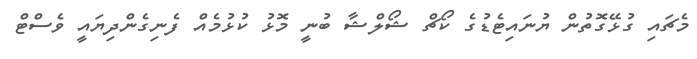
މެޗައި ގުޅޭގޮތުން ޔުނައިޓެޑުގެ ކޯޗް ޝޯލްޝާ ބުނީ މޮޅު ކުޅުމެއް ފެނިގެންދިޔައީ ވެސްޓް